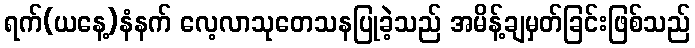
ရက်(ယနေ့)နံနက် လေ့လာသုတေသနပြုခဲ့သည် အမိန့်ချမှတ်ခြင်းဖြစ်သည်